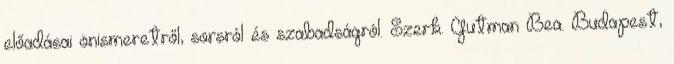
előadásai önismeretről, sorsról és szabadságról. Szerk. Gutman Bea. Budapest,